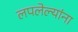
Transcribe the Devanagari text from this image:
लपलेल्‍यांना